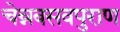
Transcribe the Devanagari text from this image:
चेन्नबसवपुराण